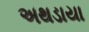
અથડાયા